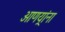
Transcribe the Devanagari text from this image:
आणय्रांना